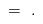
LaTeX: \begin{align*} \ = \ .\end{align*}